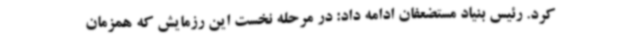
کرد. رئیس بنیاد مستضعفان ادامه داد: در مرحله نخست این رزمایش که همزمان